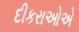
દીકરાઓએ